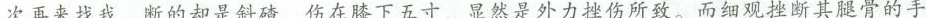
次再来找我，断的确是斜喳，伤在膝下五寸，显然是外力挫伤所致。而细观挫断其腿骨的手